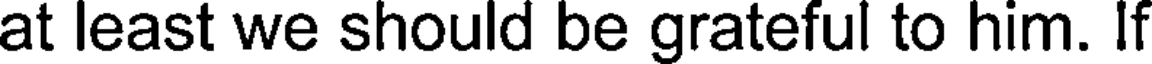
at least we should be grateful to him. If